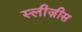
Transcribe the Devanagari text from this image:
स्लीज़ीस